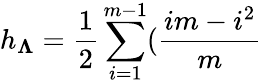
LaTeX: h_{\mathbf{\Lambda}}=\frac{1}{2}\sum_{i=1}^{m-1}(\frac{im-i^{2}}{m}